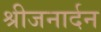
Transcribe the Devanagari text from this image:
श्रीजनार्दन